Mental hospitals Bombay report 1921-28 - 1921-1928
Year: 1921
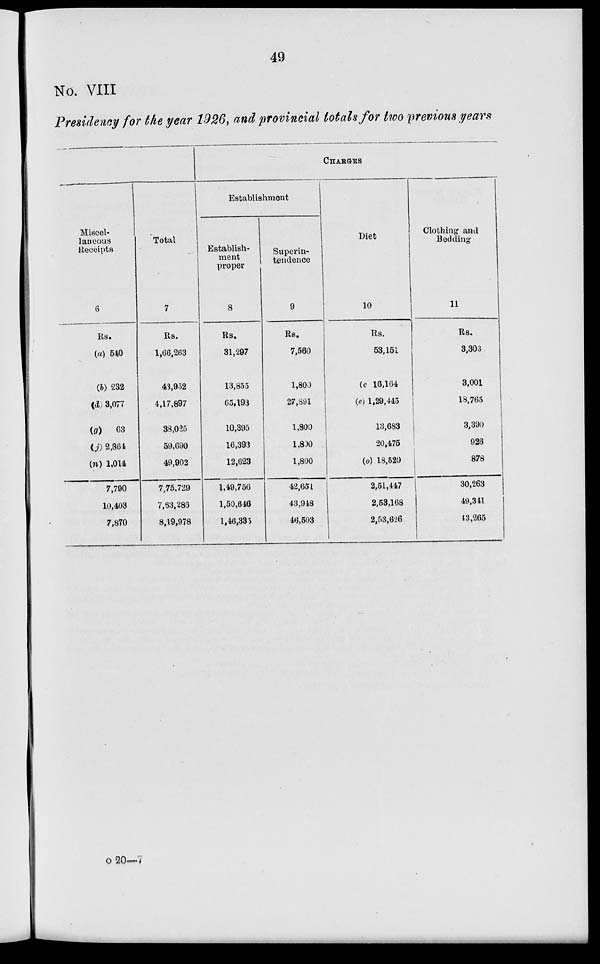
49
No. VIII
Presidency for the year 1926, and provincial totals for two previous years
Miscel-
laneous
Receipts
6
Rs.
(a) 540
(b) 232
(d) 3,077
(g)
63
(j) 2,864
(n) 1,014
7,790
10,403
7,870
Total
7
Rs.
1,66,263
43,952
4,17,897
38,025
59,690
49,902
7,75,729
7,63,286
8,19,978
CHARGES
Establishment
Establish-
ment
proper
8
Rs.
31,297
13,855
65,193
10,395
16,393
12,623
1,49,756
1,50,646
1,46,335
Superin-
tendence
9
Rs.
7,560
1,800
27,891
1,800
1,800
1,800
42,651
43,948
46,503
Diet
10
Rs.
53,151
(c) 16,164
(e) 1,29,445
13,683
20,475
(o) 18,529
2,51,447
2,53,168
2,53,626
Clothing and
Bedding
11
Rs.
3,303
3,001
18,765
3,390
926
878
30,263
49,341
43,265
o 20—7